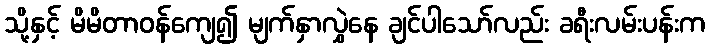
သို့နှင့် မိမိတာဝန်ကျေ၍ မျက်နှာလွှဲနေ ချင်ပါသော်လည်း ခရီးလမ်းပန်းက